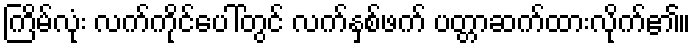
ကြိမ်လုံး လက်ကိုင်ပေါ်တွင် လက်နှစ်ဖက် ပတ္တာဆက်ထားလိုက်၏။